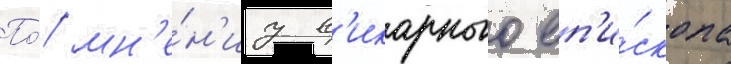
По́ мн'е́н'иу в'икарного еп'и́скопа